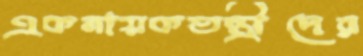
একনায়কতন্ত্রীদের